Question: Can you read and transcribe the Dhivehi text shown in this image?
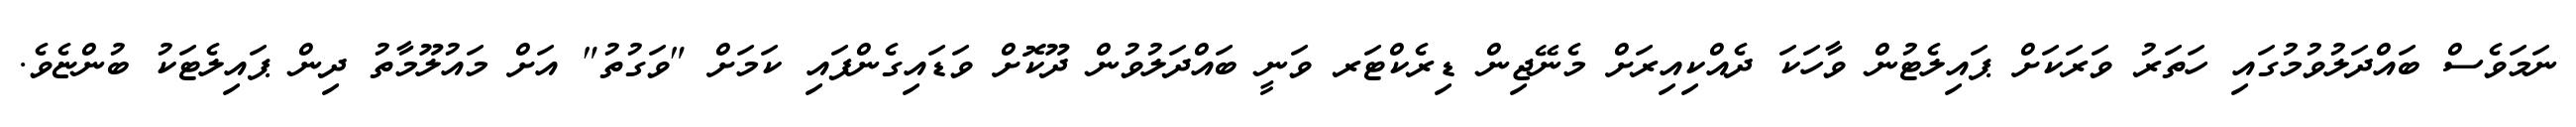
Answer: ނަމަވެސް ބައްދަލުވުމުގައި ހަތަރު ވަރަކަށް ޕައިލެޓުން ވާހަކަ ދެއްކިއިރަށް މެނޭޖިން ޑިރެކްޓަރ ވަނީ ބައްދަލުވުން ދޫކޮށް ވަޑައިގެންފައި ކަމަށް "ވަގުތު" އަށް މައުލޫމާތު ދިން ޕައިލެޓަކު ބުންޏެވެ.